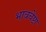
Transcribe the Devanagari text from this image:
भावचेष्टा